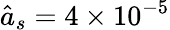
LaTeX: \hat{a}_{s}=4\times 10^{-5}